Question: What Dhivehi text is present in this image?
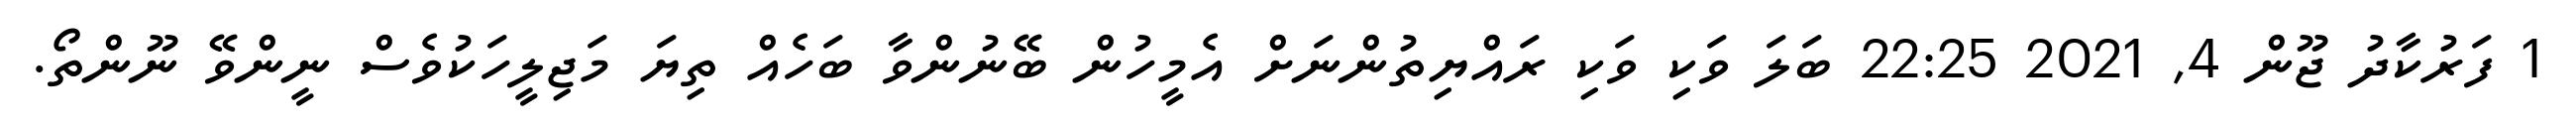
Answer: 1 ފަރުކާދު ޖޫން 4, 2021 22:25 ބަލަ ވަކި ވަކި ރައްޔިތުންނަށް އެމީހުން ބޭނުންވާ ބަހެއް ތިޔަ މަޖިލީހަކުވެސް ނީންވޭ ނޫންތޯ.